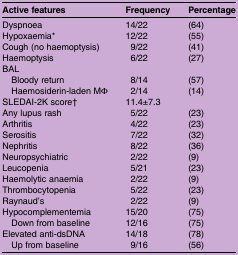
<table><thead><tr><td><b>Active features</b></td><td><b>Frequency</b></td><td><b>Percentage</b></td></tr></thead><tbody><tr><td>Dyspnoea</td><td>14/22</td><td>(64)</td></tr><tr><td>Hypoxaemia*</td><td>12/22</td><td>(55)</td></tr><tr><td>Cough (no haemoptysis)</td><td>9/22</td><td>(41)</td></tr><tr><td>Haemoptysis</td><td>6/22</td><td>(27)</td></tr><tr><td colspan="3">BAL</td></tr><tr><td> Bloody return</td><td>8/14</td><td>(57)</td></tr><tr><td> Haemosiderin-laden MΦ</td><td>2/14</td><td>(14)</td></tr><tr><td>SLEDAI-2K score†</td><td colspan="2">11.4±7.3</td></tr><tr><td>Any lupus rash</td><td>5/22</td><td>(23)</td></tr><tr><td>Arthritis</td><td>4/22</td><td>(23)</td></tr><tr><td>Serositis</td><td>7/22</td><td>(32)</td></tr><tr><td>Nephritis</td><td>8/22</td><td>(36)</td></tr><tr><td>Neuropsychiatric</td><td>2/22</td><td>(9)</td></tr><tr><td>Leucopenia</td><td>5/21</td><td>(23)</td></tr><tr><td>Haemolytic anaemia</td><td>2/22</td><td>(9)</td></tr><tr><td>Thrombocytopenia</td><td>5/22</td><td>(23)</td></tr><tr><td>Raynaud&#x27;s</td><td>2/22</td><td>(9)</td></tr><tr><td>Hypocomplementemia</td><td>15/20</td><td>(75)</td></tr><tr><td> Down from baseline</td><td>12/16</td><td>(75)</td></tr><tr><td>Elevated anti-dsDNA</td><td>14/18</td><td>(78)</td></tr><tr><td> Up from baseline</td><td>9/16</td><td>(56)</td></tr></tbody></table>